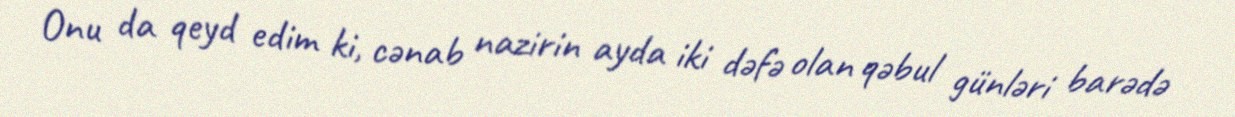
Onu da qeyd edim ki, cənab nazirin ayda iki dəfə olan qəbul günləri barədə